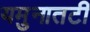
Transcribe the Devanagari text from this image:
यमुनातटी